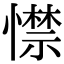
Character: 㦗